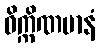
ဝိက္ကိဏမာနံ